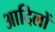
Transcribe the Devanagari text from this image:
आदिलों